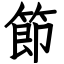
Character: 節